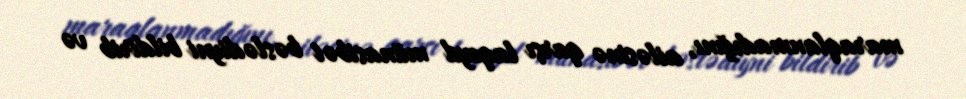
maraqlanmadığını, ailəsinə qarşı laqeyd münasibət bəslədiyni bildirib və